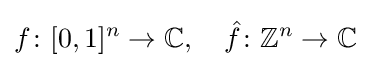
f\colon [0,1]^{n}\to \mathbb {C} ,\quad {\hat {f}}\colon \mathbb {Z} ^{n}\to \mathbb {C}